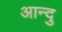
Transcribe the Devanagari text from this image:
आन्दु